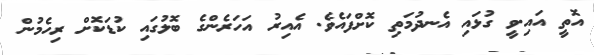
އޮތީ އައި.ވީ ގުޅައި އެނދުމަތި ކޮށްފައެވެ. އެއިރު އަހަރެންގެ ބޮލުގައި ކުޑަކޮށް ރިހެމުން